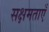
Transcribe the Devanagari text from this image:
सक्षमताएँ